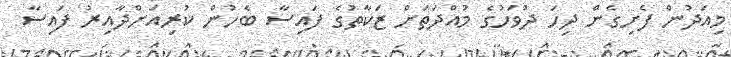
މިއަދުން ފެށިގެން ދިހަ ދުވަހުގެ މުއްދަތަށް ޒަކާތުގެ ފައިސާ ބެހުން ކުރިއަށްދާއިރު ފައިސާ